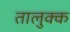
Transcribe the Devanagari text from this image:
तालुक्क